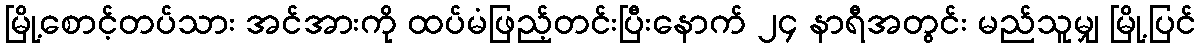
မြို့စောင့်တပ်သား အင်အားကို ထပ်မံဖြည့်တင်းပြီးနောက် ၂၄ နာရီအတွင်း မည်သူမျှ မြို့ပြင်